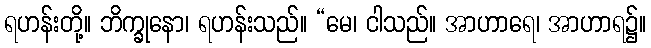
ရဟန်းတို့။ ဘိက္ခုနော၊ ရဟန်းသည်။ “မေ၊ ငါသည်။ အာဟာရေ၊ အာဟာရ၌။